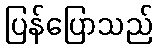
ပြန်ပြောသည်